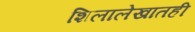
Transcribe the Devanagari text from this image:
शिलालेखातही